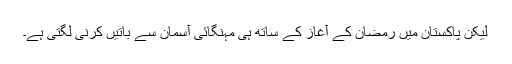
لیکن پاکستان میں رمضان کے آغاز کے ساتھ ہی مہنگائی آسمان سے باتیں کرنی لگتی ہے۔